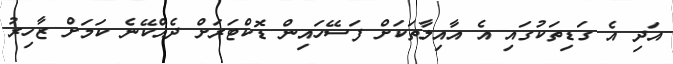
އަދި އެ ގަޑިތަކުގައި އެ އާއިލާތަކަށް ފަސޭހައިން ޑޮކްޓަރަށް ދެއްކޭނެ ކަމަށް ޒާހިރު